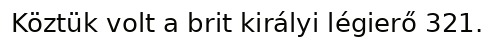
Köztük volt a brit királyi légierő 321.